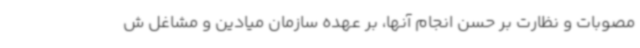
مصوبات و نظارت بر حسن انجام آنها، بر عهده سازمان میادین و مشاغل ش